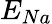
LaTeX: E_{Na}